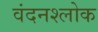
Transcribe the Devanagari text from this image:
वंदनश्लोक